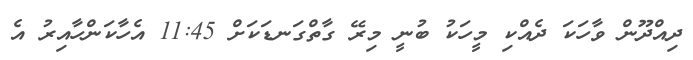
ދިއްދޫން ވާހަކަ ދެއްކި މީހަކު ބުނީ މިރޭ ގާތްގަނޑަކަށް 11:45 އެހާކަންހާއިރު އެ